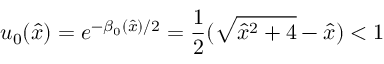
u _ { 0 } ( { \hat { x } } ) = e ^ { - \beta _ { 0 } ( { \hat { x } } ) / 2 } = \frac { 1 } { 2 } ( \sqrt { { \hat { x } } ^ { 2 } + 4 } - { \hat { x } } ) < 1